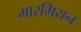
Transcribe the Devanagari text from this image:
मारमियन